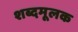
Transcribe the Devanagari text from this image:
शब्दमूलक